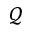
\mathcal { Q }